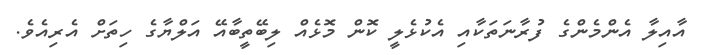
އާއިލާ އެންމެންގެ ފުރާނަތަކާއި އެކުޅެލީ ކޮން މޮޅެއް ލިބޭތީބާއޭ އަލްޔާގެ ހިތަށް އެރިއެވެ.